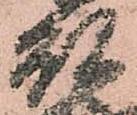
殿